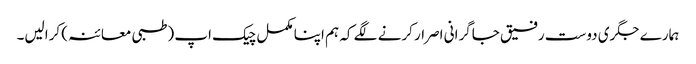
ہمارے جگری دوست رفیق جاگرانی اصرار کرنے لگے کہ ہم اپنا مکمل چیک اپ (طبی معائنہ) کرالیں۔